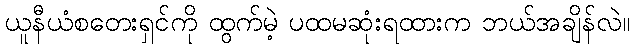
ယူနီယံစတေးရှင်ကို ထွက်မဲ့ ပထမဆုံးရထားက ဘယ်အချိန်လဲ။